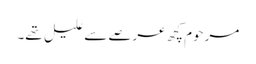
مرحوم کچھ عرصے سے علیل تھے۔